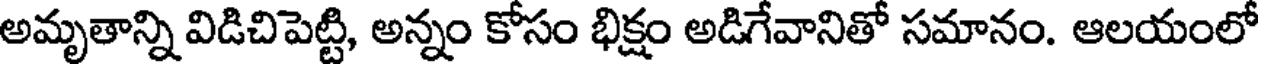
అమృతాన్ని విడిచిపెట్టి, అన్నం కోసం భిక్షం అడిగేవానితో సమానం. ఆలయంలో